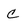
Character: C